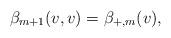
LaTeX: \begin{align*} \beta_{m+1}(v,v)=\beta_{+,m}(v),\end{align*}